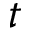
t